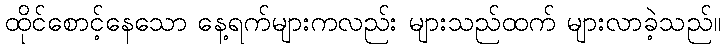
ထိုင်စောင့်နေသော နေ့ရက်များကလည်း များသည်ထက် များလာခဲ့သည်။